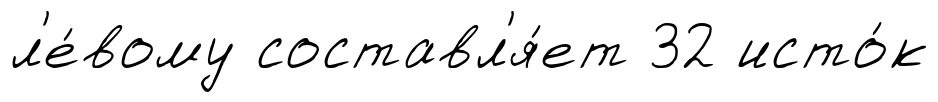
л'е́вому составл'я́ет 32 исто́к